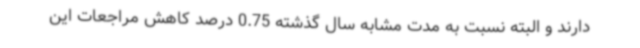
دارند و البته نسبت به مدت مشابه سال گذشته 0.75 درصد کاهش مراجعات این